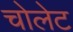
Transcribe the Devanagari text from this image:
चोलेट